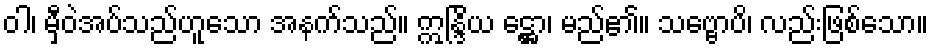
ဝါ၊ မှီဝဲအပ်သည်ဟူသော အနက်သည်။ ဣန္ဒြိယ ဋ္ဌော၊ မည်၏။ သဗ္ဗောပိ၊ လည်းဖြစ်သော။